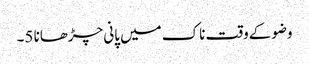
وضوکےوقت ناک میں پانی چڑھانا 5۔